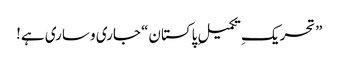
”تحریکِ تکمیلِ پاکستان“ جاری و ساری ہے!